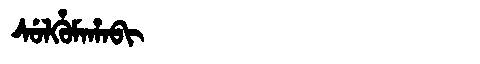
Manchu: ᠰᡠᠯᡥᡠᠮᠠᡥᠠᠪᡳ
Romanization: SULHUMAHABI